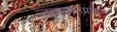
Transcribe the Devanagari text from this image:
जलयानप्रांगण